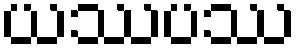
ယဿပဿ